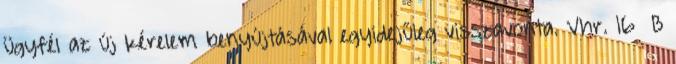
ügyfél az új kérelem benyújtásával egyidejűleg visszavonta. Vhr. 16 B